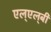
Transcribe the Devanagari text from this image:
एल्‌एल्‌बी